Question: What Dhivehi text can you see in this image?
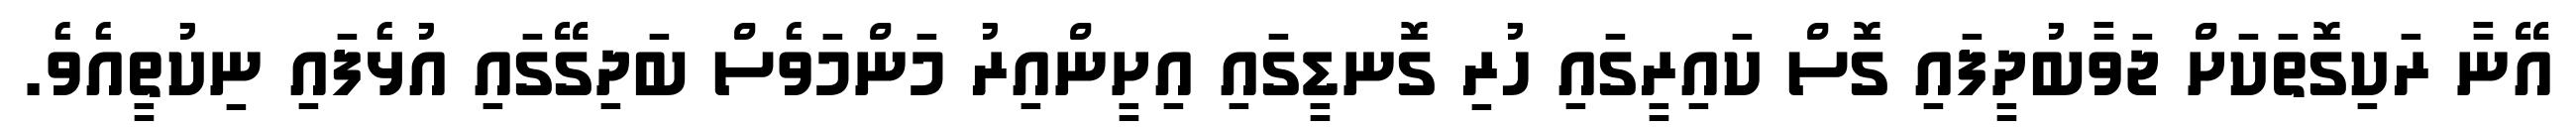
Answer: އޭނާ ރަކިގޮތަކަށް ޖަވާބުދީފައި ގޮސް ކައިރީގައި ހުރި ގޮނޑީގައި އިށީންއިރު މަންމަވެސް ބަދިގޭގައި އުޅެފައި ނިކުތީއެވެ.